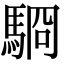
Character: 䮐